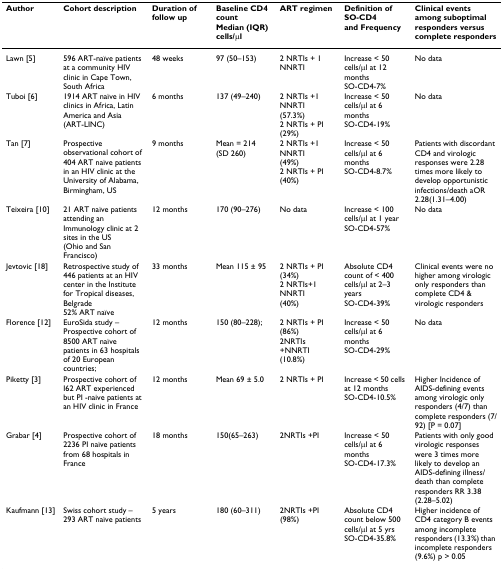
<table><thead><tr><td><b>Author</b></td><td><b>Cohort description</b></td><td><b>Duration of follow up</b></td><td><b>Baseline CD4 countMedian (IQR) cells/μl</b></td><td><b>ART regimen</b></td><td><b>Definition of SO-CD4and Frequency</b></td><td><b>Clinical events among suboptimal responders versus complete responders</b></td></tr></thead><tbody><tr><td>Lawn [5]</td><td>596 ART-naïve patients at a community HIV clinic in Cape Town, South Africa</td><td>48 weeks</td><td>97 (50–153)</td><td>2 NRTIs + 1 NNRTI</td><td>Increase &lt; 50 cells/μl at 12 monthsSO-CD4-7%</td><td>No data</td></tr><tr><td>Tuboi [6]</td><td>1914 ART naïve in HIV clinics in Africa, Latin America and Asia (ART-LINC)</td><td>6 months</td><td>137 (49–240)</td><td>2 NRTIs +1 NNRTI(57.3%)2 NRTIs + PI (29%)</td><td>Increase &lt; 50 cells/μl at 6 monthsSO-CD4-19%</td><td>No data</td></tr><tr><td>Tan [7]</td><td>Prospective observational cohort of 404 ART naïve patients in an HIV clinic at the University of Alabama, Birmingham, US</td><td>9 months</td><td>Mean = 214(SD 260)</td><td>2 NRTIs +1 NNRTI(49%)2 NRTIs + PI (40%)</td><td>Increase &lt; 50 cells/μl at 6 monthsSO-CD4-8.7%</td><td>Patients with discordant CD4 and virologic responses were 2.28 times more likely to develop opportunistic infections/death aOR 2.28(1.31–4.00)</td></tr><tr><td>Teixeira [10]</td><td>21 ART naïve patients attending an Immunology clinic at 2 sites in the US (Ohio and San Francisco)</td><td>12 months</td><td>170 (90–276)</td><td>No data</td><td>Increase &lt; 100 cells/μl at 1 yearSO-CD4-57%</td><td>No data</td></tr><tr><td>Jevtovic [18]</td><td>Retrospective study of 446 patients at an HIV center in the Institute for Tropical diseases, Belgrade52% ART naïve</td><td>33 months</td><td>Mean 115 ± 95</td><td>2 NRTIs + PI (34%)2 NRTIs+1 NNRTI(40%)</td><td>Absolute CD4 count of &lt; 400 cells/μl at 2–3 yearsSO-CD4-39%</td><td>Clinical events were no higher among virologic only responders than complete CD4 &amp; virologic responders</td></tr><tr><td>Florence [12]</td><td>EuroSida study – Prospective cohort of 8500 ART naïve patients in 63 hospitals of 20 European countries;</td><td>12 months</td><td>150 (80–228);</td><td>2 NRTIs + PI (86%)2NRTIs +NNRTI (10.8%)</td><td>Increase &lt; 50 cells/μl at 6 monthsSO-CD4-29%</td><td>No data</td></tr><tr><td>Piketty [3]</td><td>Prospective cohort of I62 ART experienced but PI -naive patients at an HIV clinic in France</td><td>12 months</td><td>Mean 69 ± 5.0</td><td>2 NRTIs + PI</td><td>Increase &lt; 50 cells at 12 monthsSO-CD4-10.5%</td><td>Higher Incidence of AIDS-defining events among virologic only responders (4/7) than complete responders (7/92) [P = 0.07]</td></tr><tr><td>Grabar [4]</td><td>Prospective cohort of 2236 PI naïve patients from 68 hospitals in France</td><td>18 months</td><td>150(65–263)</td><td>2NRTIs +PI</td><td>Increase &lt; 50 cells/μl at 6 monthsSO-CD4-17.3%</td><td>Patients with only good virologic responses were 3 times more likely to develop an AIDS-defining illness/death than complete responders RR 3.38 (2.28–5.02)</td></tr><tr><td>Kaufmann [13]</td><td>Swiss cohort study – 293 ART naïve patients</td><td>5 years</td><td>180 (60–311)</td><td>2NRTIs +PI (98%)</td><td>Absolute CD4 count below 500 cells/μl at 5 yrsSO-CD4-35.8%</td><td>Higher incidence of CD4 category B events among incomplete responders (13.3%) than incomplete responders (9.6%) p &gt; 0.05</td></tr></tbody></table>